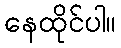
နေထိုင်ပါ။